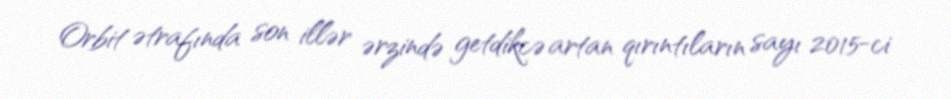
Orbit ətrafında son illər ərzində getdikcə artan qırıntıların sayı 2015-ci